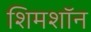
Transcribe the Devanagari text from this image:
शिमशॉन